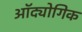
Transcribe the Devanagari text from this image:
ऑद्योगिक